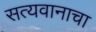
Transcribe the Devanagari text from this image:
सत्यवानाचा